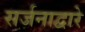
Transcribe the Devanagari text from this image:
सर्जनाद्वारे